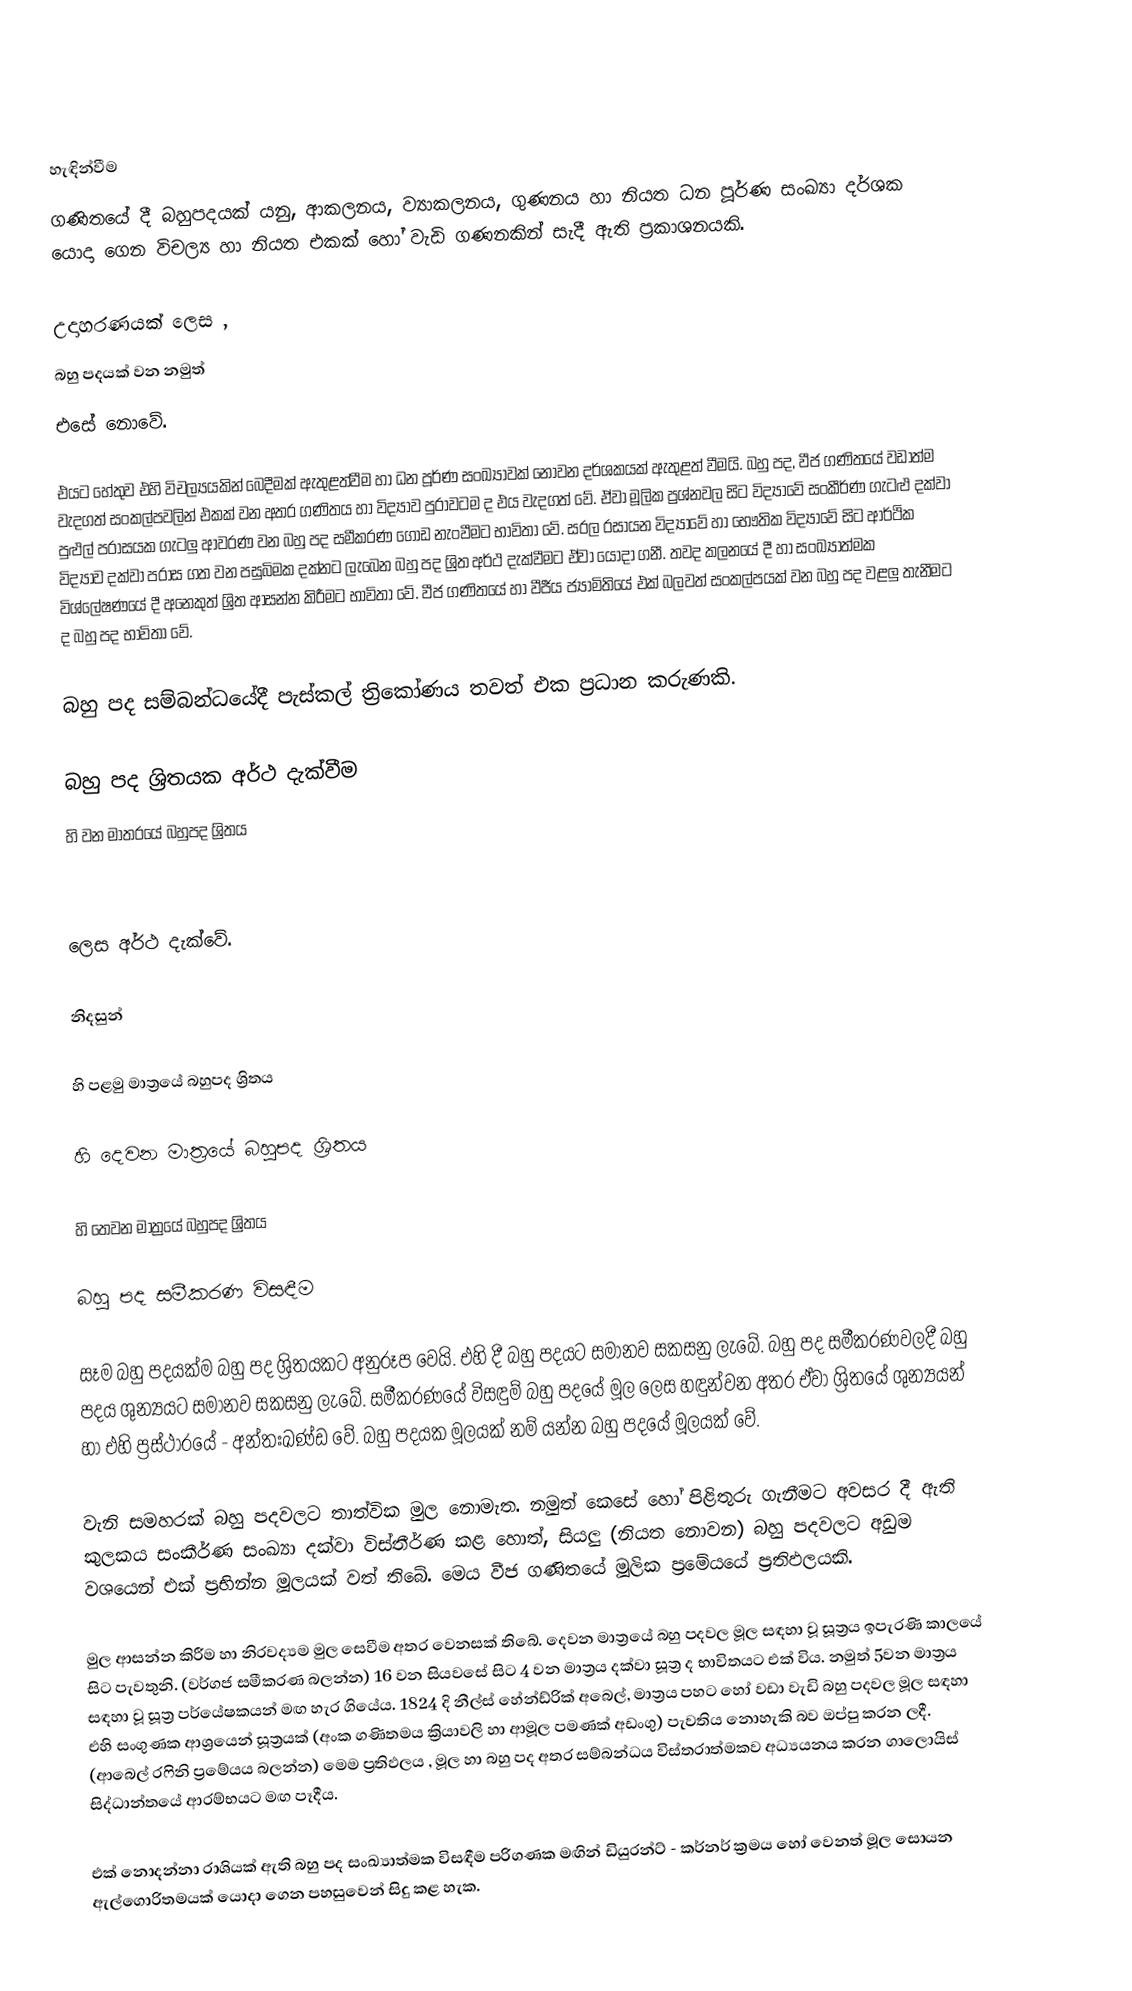

හැඳින්වීම
ගණිතයේ දී බහුපදයක් යනු, ආකලනය, ව්‍යාකලනය, ගුණනය හා නියත ධන පූර්ණ සංඛ්‍යා දර්ශක යොදා ගෙන විචල්‍ය හා නියත එකක් හෝ වැඩි ගණනකින් සැදී ඇති ප්‍රකාශනයකි.

උදාහරණයක් ලෙස ,
  බහු පදයක් වන නමුත්
  එසේ ‍නොවේ.

එයට හේතුව එහි විචල්‍යයකින් බෙදීමක් ඇතුළත්වීම හා ධන පූර්ණ සංඛ්‍යාවක් ‍නොවන දර්ශකයක් ඇතුළත් වීමයි. බහු පද, වීජ ගණිතයේ වඩාත්ම වැදගත් සංකල්පවලින් එකක් වන අතර ගණිත‍ය හා විද්‍යාව පුරාවටම ද එය වැදගත් වේ. ඒවා මූලික ප්‍රශ්නවල සිට විද්‍යාවේ සංකීර්ණ ගැටළු දක්වා පුළුල් පරාසයක ගැටලු ආවරණ වන බහු පද සමීකරණ ගොඩ නැංවීමට භාවිතා වේ. සරල රසායන විද්‍යාවේ හා භෞතික විද්‍යාවේ සිට ආර්ථික විද්‍යාව දක්වා පරාස ගත වන පසුබිමක දක්නට ලැබෙන බහු පද ශ්‍රිත අර්ථ දැක්වීමට ඒවා යොදා ගනී. තවද කලනයේ දී හා සංඛ්‍යාත්මක විශ්ලේෂණයේ දී අනෙකුත් ශ්‍රිත ආසන්න කිරීමට ‍භාවිතා වේ. වීජ ගණිතයේ හා වීජීය ජ්‍යාමිතියේ එක් බලවත් සංකල්පයක් වන බහු පද වළලු තැනීමට ද බහු පද භාවිතා වේ.

බහු පද සම්බන්ධයේදී පැස්කල් ත්‍රිකෝණය තවත් එක ප්‍රධාන කරුණකි.

බහු පද ශ්‍රිතයක අර්ථ දැක්වීම
 හි  වන මාත‍්‍රයේ බහුපද ශ්‍රිතය

ලෙස අර්ථ දැක්වේ.

නිදසුන්

  හි පළමු මාත්‍රයේ බහුපද ශ්‍රිතය

  හි දෙවන මාත්‍රයේ බහුපද ශ්‍රිතය

  හි තෙවන මාත්‍රයේ බහුපද ශ්‍රිතය

බහු පද සමීකරණ විසඳීම

සෑම බහු පදයක්ම බහු පද ශ්‍රිතයකට අනුරූප වෙයි. එහි දී  බහු පදයට සමානව සකසනු ලැබේ. බහු පද සමීකරණවලදී බහු පදය ශුන්‍යයට සමානව සකසනු ලැබේ. සමීකරණයේ විසඳුම් බහු පදයේ මූල ලෙස හඳුන්වන අතර ඒවා ශ්‍රිතයේ ශුන්‍යයන් හා එහි ප්‍රස්ථාරයේ  - අන්තඃඛණ්ඩ වේ.  බහු පදයක මූලයක් නම්  යන්න බහු පදයේ මූලයක් වේ.

 වැනි සමහරක් බහු පදවලට තාත්වික මුල නොමැත. නමුත් කෙසේ හෝ පිළිතුරු ගැනීමට අවසර දී ඇති කුලකය සංකීර්ණ සංඛ්‍යා දක්වා විස්තීර්ණ කළ හොත්, සියලු (නියත නොවන) බහු පදවලට අඩුම වශයෙන් එක් ප්‍රභින්න මූලයක් වත් ‍තිබේ. මෙය වීජ ගණිතයේ මූලික ප්‍රමේයයේ ප්‍රතිඵලයකි.

මුල ආසන්න කිරීම හා නිරවද්‍යම මුල සෙවීම අතර වෙනසක් තිබේ. දෙවන මාත්‍රයේ බහු පදවල මූල සඳහා වූ සූත්‍රය ඉපැරණි කාලයේ සිට පැවතුනි. (වර්ගජ සමීකරණ බලන්න) 16 වන සියවසේ සිට 4 වන මාත්‍රය දක්වා සූත්‍ර ද භාවිතයට එක් විය. නමුත් 5වන මාත්‍රය සඳහා වූ සූත්‍ර පර්යේෂකයන් මඟ හැර ගියේය. 1824 දි නීල්ස් හේන්ඩ්රික් අබෙල්, මාත්‍රය පහට හෝ වඩා වැඩි බහු පදවල මූල සඳහා එහි සංගුණක ආශ්‍රයෙන් සූත්‍රයක් (අංක ගණිතමය ක්‍රියාවලි හා ආමූල පමණක් අඩංගු) පැවතිය නොහැකි බව ඔප්පු කරන ලදී. (ආබෙල් රෆිනි ප්‍රමේයය බලන්න) මෙම ප්‍රතිඵලය , මූල හා බහු පද අතර සම්බන්ධය විස්තරාත්මකව අධ්‍යයනය කරන ගාලොයිස් සිද්ධාන්තයේ ආරම්භයට මඟ පෑදීය.

එක් නොදන්නා රාශියක් ඇති බහු පද සංඛ්‍යාත්මක විසඳීම පරිගණක මඟින් ඩියුරන්ට් - කර්නර් ක්‍රමය හෝ වෙනත් මූල සොයන ඇල්ගොරිතමයක් යොදා ගෙන පහසුවෙන් සිදු කළ හැක.